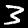
Digit: 3